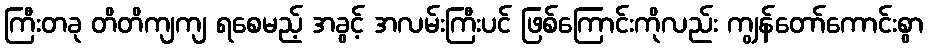
ကြီးတခု တိတိကျကျ ရစေမည့် အခွင့် အလမ်းကြီးပင် ဖြစ်ကြောင်းကိုလည်း ကျွန်တော်ကောင်းစွာ